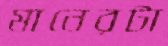
মানেরটা